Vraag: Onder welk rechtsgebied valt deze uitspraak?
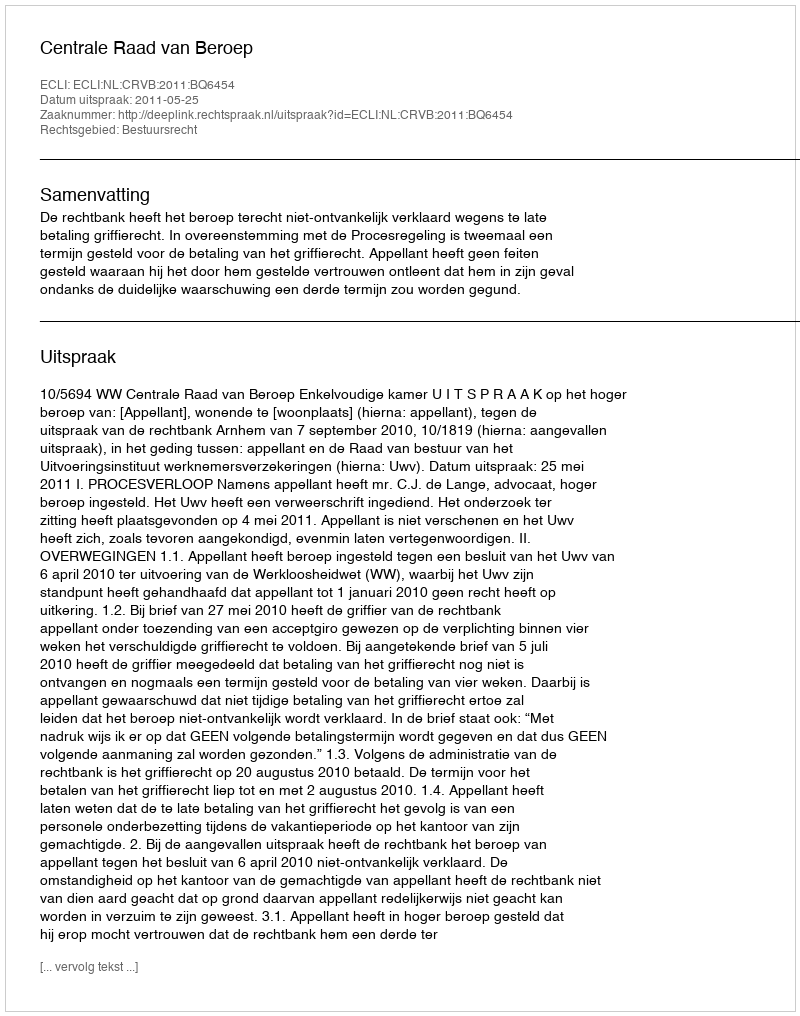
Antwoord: Bestuursrecht